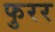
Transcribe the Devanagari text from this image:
फुरर